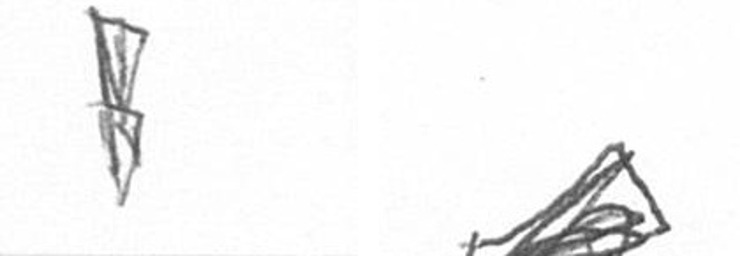
Z O